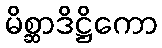
မိစ္ဆာဒိဋ္ဌိကော